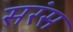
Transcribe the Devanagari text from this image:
सरंस